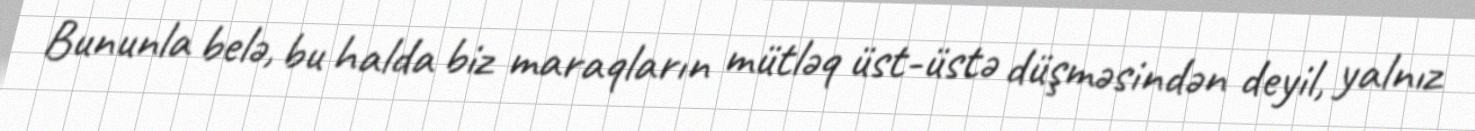
Bununla belə, bu halda biz maraqların mütləq üst-üstə düşməsindən deyil, yalnız